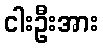
ငါးဦးအား